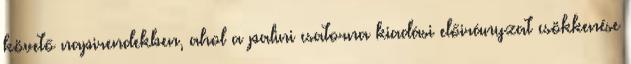
követő napirendekben, ahol a palini csatorna kiadási előirányzat csökkenése